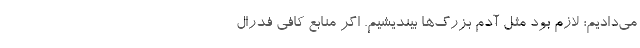
می‌دادیم؛ لازم بود مثل آدم بزرگ‌ها بیندیشیم. اگر منابع کافی فدرال